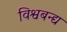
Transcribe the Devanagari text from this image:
विश्वबन्द्य